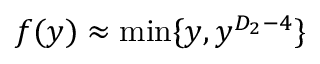
f ( y ) \approx \mathrm { m i n } \{ y , y ^ { D _ { 2 } - { 4 } } \}